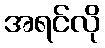
အရင်လို